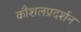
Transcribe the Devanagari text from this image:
कौशलप्रदर्शन